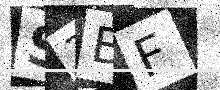
Text: S3BF